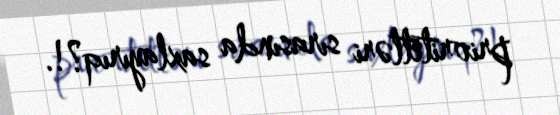
prioritetləri sırasında saxlayırıq?!.